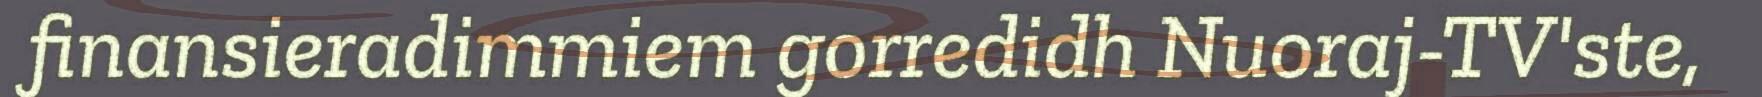
finansieradimmiem gorredidh Nuoraj-TV'ste,